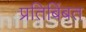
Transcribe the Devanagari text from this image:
प्रतिबिंबत